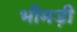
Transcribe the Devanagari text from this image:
भीमड़ी